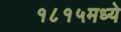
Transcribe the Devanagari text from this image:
१८१५मध्ये